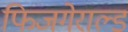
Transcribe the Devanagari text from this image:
फिजगेराल्ड